Report on vaccination in Madras 1922-1929 - 1922-1929
Year: 1922
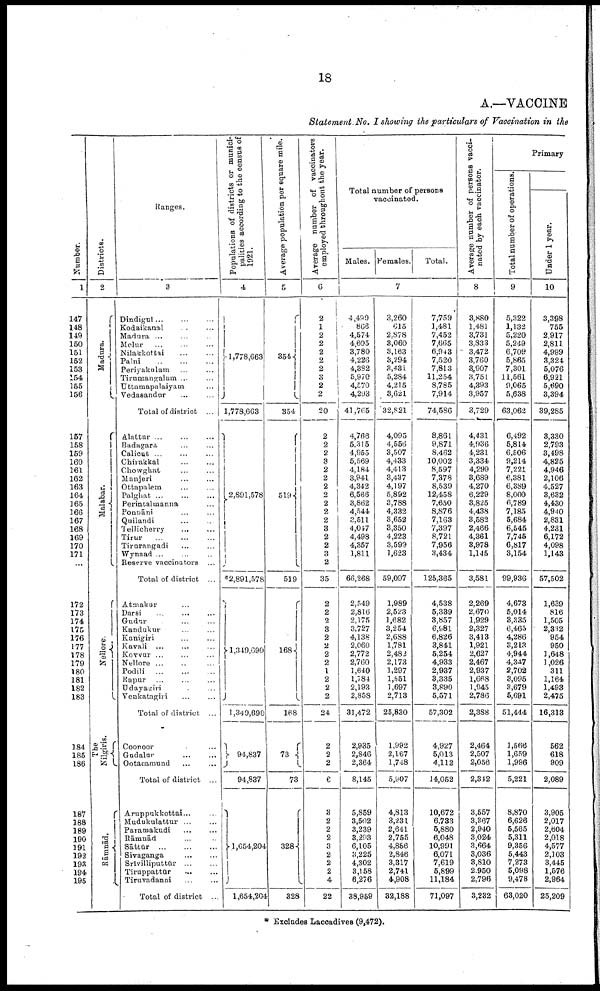
18
A.—VACCINE
Statement No. I showing the particulars of Vaccination in the
Number.
1
147
148
149
150
151
152
153
154
155
156
157
158
159
160
161
162
163
164
165
166
167
168
169
170
171
...
172
173
174
175
176
177
178
179
180
181
182
183
184
185
186
187
188
189
190
191
192
193
194
195
Districts.
2
Madura.
Malabar.
Nellore.
The
Nilgiris.
Rāmnād.
Ranges.
3
Dindigul ... ... ...
Kodaikanal ... ...
Madura ... ... ...
Melur ... ... ...
Nilakkottai
...
...
Palni
...
...
...
Periyakulam ... ...
Tirumangalam ... ...
Uttamapalaiyam ...
Vedasandur ... ...
Total of district ...
Alattur ... ... ...
Badagara ... ...
Calicut ... ... ...
Chirakkal
...
...
Chowghat ... ...
Manjeri ... ...
Ottapalem ... ... ...
Palghat ... ... ...
Perintalmanna ...
Ponnāni ... ...
Quilandi ... ...
Tellicherry ... ...
Tirur
...
...
...
Tirurangadi ... ...
Wynaad ... ... ...
Reserve vaccinators ...
Total of district ...
Atmakur ...
Darsi
...
...
...
Gudur ... ... ...
Kandukur ... ... ...
Kanigiri ... ...
Kavali ... ... ...
Kovvur ... ... ...
Nellore ... ... ...
Podili
...
...
...
Rapur ... ... ...
Udayagiri ... ... ...
Venkatagiri ... ... ...
Total of district ...
Coonoor ...
Gudalur
...
...
Ootacamund ... ...
Total of district ...
Aruppukkottai... ...
Mudukulattur ... ...
Paramakudi ... ...
Rāmnād ... ...
Sāttūr
...
...
...
Sivaganga
...
...
Srīvilliputtūr
...
...
Tiruppattūr ... ...
Tiruvadanai ... ...
Total of district ...
Populations of districts or munici
palities according to the census of
1921.
4
1,778,663
1,778,663
2,891,578
*2,891,578
1,349,690
1,349,690
94,837
94,837
1,654,204
1,654,204
Average population per square mile.
5
354
354
519
519
168
168
73
73
328
328
Average number of vaccinators
employed throughout the year.
6
2
1
2
2
2
2
2
3
2
2
20
2
2
2
3
2
2
2
2
2
2
2
3
2
2
3
2
35
2
2
2
3
2
2
2
2
1
2
2
2
24
2
2
2
6
3
2
2
2
3
2
2
2
4
22
Total number of persons
vaccinated.
Males. Females.
Total.
7
4,499
866
4,574
4,605
3,780
4,226
4,382
5,970
4,570
4,293
41,765
4,766
5,315
4,955
5,569
4,184
3,941
4,342
6,566
3,862
4,544
3,511
4,047
4,498
4,357
1,811
66,268
2,549
2,816
2,175
3,727
4,138
2,060
2,772
2,760
1,640
1,784
2,193
2,858
31,472
2,935
2,846
2,364
8,145
5,859
3,502
3,239
3,293
6,105
3,225
4,302
3,158
6,276
38,959
3,260
615
2,878
3,060
3,163
3,294
3,431
5,284
4,215
3,621
32,821
4,095
4,556
3,507
4,433
4,413
3,437
4,197
5,892
3,788
4,332
3,652
3,350
4,223
3,599
1,623
59,097
1,989
2,523
1,682
3,254
2,688
1,781
2,482
2,173
1,297
1,551
1,697
2,713
25,830
1,992
2,167
1,748
5,907
4,813
3,231
2,641
2,755
4,886
2,846
3,317
2,741
4,908
32,188
7,759
1,481
7,452
7,665
6,943
7,520
7,813
11,254
8,785
7,914
74,586
8,861
9,871
8,462
10,002
8,597
7,378
8,539
12,458
7,650
8,876
7,163
7,397
8,721
7,956
3,434
125,365
4,538
5,339
3,857
6,981
6,826
3,841
5,254
4,933
2,937
3,335
3,890
5,571
57,302
4,927
5,013
4,112
14,052
10,672
6,733
5,880
6,048
10,991
6,071
7,619
5,899
11,184
71,097
Average number of persons vacci¬
nated by each vaccinator.
8
3,880
1,481
3,731
3,833
3,472
3,760
3,907
3,751
4,393
3,957
3,729
4,431
4,936
4,231
3,334
4,299
3,689
4,270
6,229
3,825
4,438
3,582
2,466
4,361
3,978
1,145
3,581
2,269
2,670
1,929
2,327
3,413
1,921
2,627
2,467
2,937
1,668
1,945
2,786
2,388
2,464
2,507
2,056
2,342
3,557
3,367
2,940
3,024
3,664
3,036
3,810
2,950
2,796
3,232
Primary
Total number of operations.
9
5,322
1,132
5,220
5,249
6,709
5,865
7,301
11,561
9,065
5,638
63,062
6,492
5,814
6,506
9,214
7,221
6,381
6,389
8,000
6,789
7,185
5,684
6,545
7,745
6,817
3,154
99,936
4,673
5,014
3,335
6,465
4,286
3,213
4,944
4,347
2,702
3,095
3,679
5,691
51,444
1,566
1,659
1,996
5,221
8,870
6,626
5,565
5,311
9,356
5,443
7,273
5,098
9,478
63,020
Under 1 year.
10
3,398
755
2,917
2,811
4,999
3,324
5,076
6,921
5,690
3,394
39,285
3,330
2,793
3,498
4,825
4,946
2,106
4,527
3,632
4,430
4,940
2,831
4,231
6,172
4,098
1,143
57,502
1,639
816
1,505
2,332
954
950
1,648
1,026
311
1,164
1,493
2,475
16,313
562
618
909
2,089
3,905
2,017
2,604
2,018
4,577
2,103
3,445
1,576
2,964
25,209
* Excludes Laccadives (9,472).